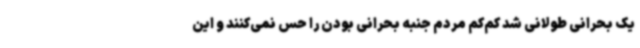
یک بحرانی طولانی شد کم‌کم مردم جنبه بحرانی بودن را حس نمی‌کنند و این